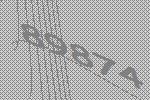
89874